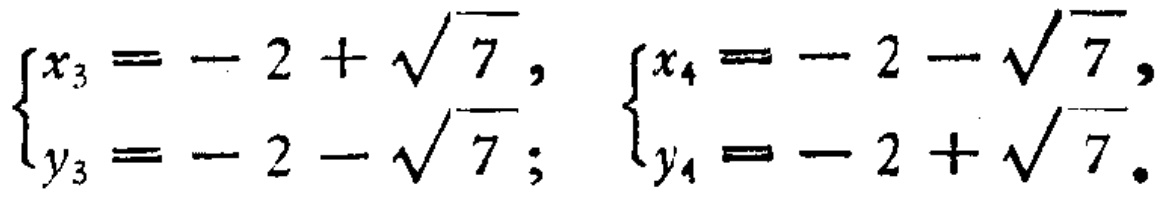
$\begin{cases}x_{3}=-2 + \sqrt{7},\\y_{3}=-2 - \sqrt{7};\end{cases}\begin{cases}x_{4}=-2 - \sqrt{7},\\y_{4}=-2 + \sqrt{7}.\end{cases}$